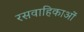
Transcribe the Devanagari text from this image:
रसवाहिकाओं